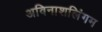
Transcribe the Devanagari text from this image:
अविनाशलिंगम